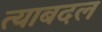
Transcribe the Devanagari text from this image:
त्याबदल